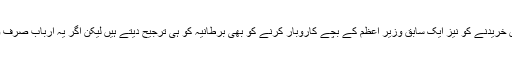
ہمارے وزرا و امرا اپنے علاج معالجے اور جائیدادیں خریدنے کو نیز ایک سابق وزیرِ اعظم کے بچے کاروبار کرنے کو بھی برطانیہ کو ہی ترجیح دیتے ہیں لیکن اگر یہ ارباب صرف وہاں کے نظام صحت ہی کو اپنا لیں تو بڑی بات ہے۔